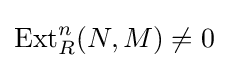
\operatorname {Ext} _{R}^{n}(N,M)\neq 0